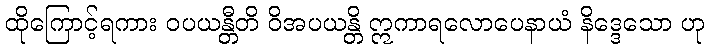
ထိုကြောင့်ရကား ဝပယန္တီတိ ဝိအပယန္တိ ဣကာရလောပေနာယံ နိဒ္ဒေသော ဟု